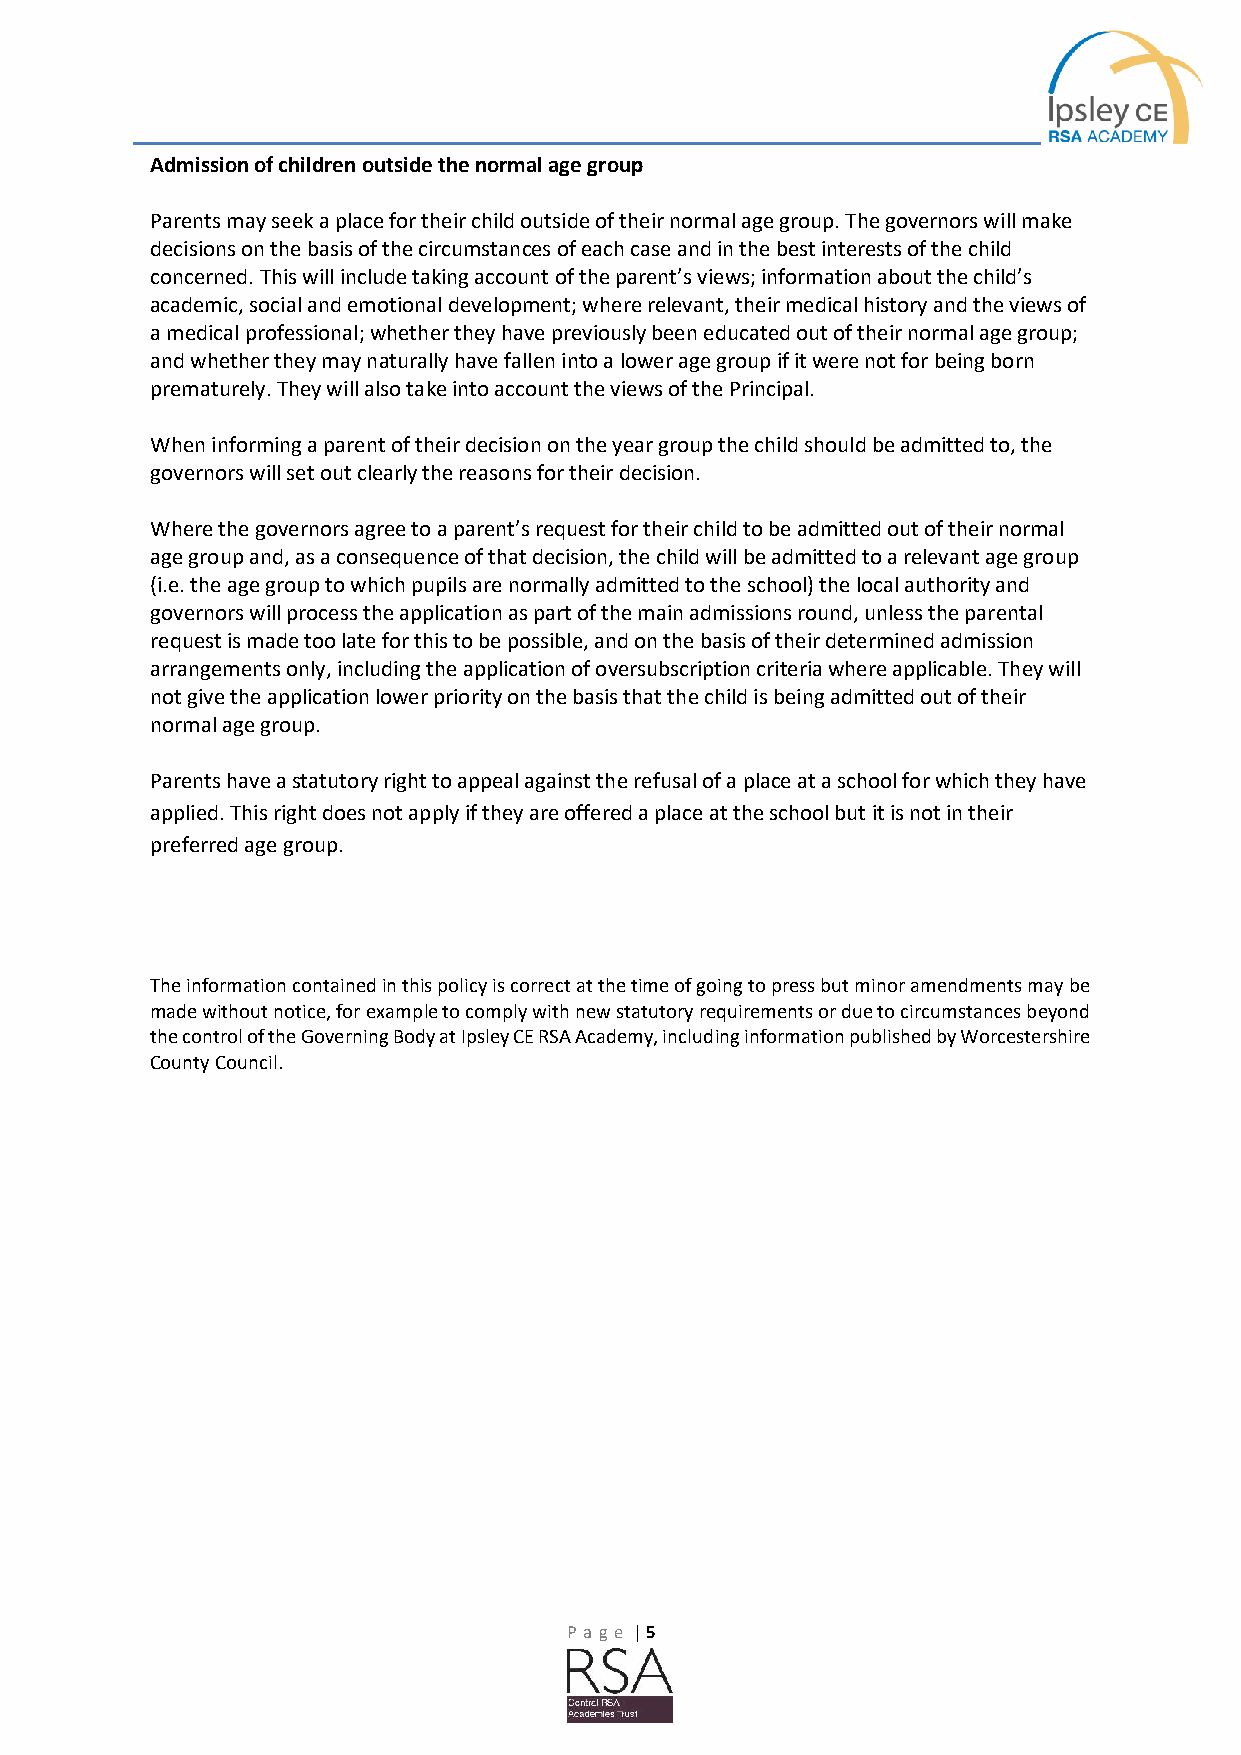
Admission of children outside the normal age group
 Parents may seek a place for their child outside of their normal age group. The governors will make
 decisions on the basis of the circumstances of each case and in the best interests of the child
 concerned. This will include taking account of the parent’s views; information about the child’s
 academic, social and emotional development; where relevant, their medical history and the views of
 a medical professional; whether they have previously been educated out of their normal age group;
 and whether they may naturally have fallen into a lower age group if it were not for being born
 prematurely. They will also take into account the views of the Principal.
 When informing a parent of their decision on the year group the child should be admitted to, the
 governors will set out clearly the reasons for their decision.
 Where the governors agree to a parent’s request for their child to be admitted out of their normal
 age group and, as a consequence of that decision, the child will be admitted to a relevant age group
 (i.e. the age group to which pupils are normally admitted to the school) the local authority and
 governors will process the application as part of the main admissions round, unless the parental
 request is made too late for this to be possible, and on the basis of their determined admission
 arrangements only, including the application of oversubscription criteria where applicable. They will
 not give the application lower priority on the basis that the child is being admitted out of their
 normal age group.
 Parents have a statutory right to appeal against the refusal of a place at a school for which they have
 applied. This right does not apply if they are offered a place at the school but it is not in their
 preferred age group.
 The information contained in this policy is correct at the time of going to press but minor amendments may be
 made without notice, for example to comply with new statutory requirements or due to circumstances beyond
 the control of th e Governing Body at Ipsley CE RSA Academy, including information published by Worcestershire
 County Council.
 P age | 5